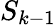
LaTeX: S_{k-1}